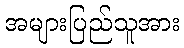
အများပြည်သူအား